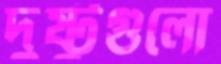
দুষ্টুগুলো